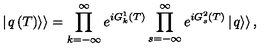
\left| \left. q \left( T \right) \right\rangle \right\rangle = \prod _ { k = - \infty } ^ { \infty } e ^ { i G _ { k } ^ { 1 } \left( T \right) } \prod _ { s = - \infty } ^ { \infty } e ^ { i G _ { s } ^ { 2 } \left( T \right) } \left| \left. q \right\rangle \right\rangle ,